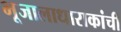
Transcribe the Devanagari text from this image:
भूजालाधाराकांची